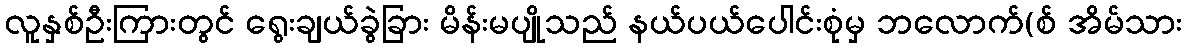
လူနှစ်ဦးကြားတွင် ရွေးချယ်ခွဲခြား မိန်းမပျိုသည် နယ်ပယ်ပေါင်းစုံမှ ဘလောက်(စ် အိမ်သား